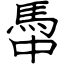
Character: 馽